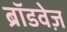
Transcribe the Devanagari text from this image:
ब्रॉडवेज़